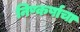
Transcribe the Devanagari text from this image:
निष्कर्षाचा